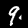
Label: 9